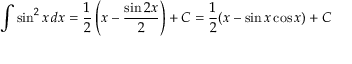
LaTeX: \int \sin ^ { 2 } x \, d x = { \frac { 1 } { 2 } } \left( x - { \frac { \sin 2 x } { 2 } } \right) + C = { \frac { 1 } { 2 } } ( x - \sin x \cos x ) + C